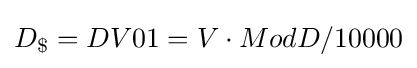
D_{\$}=DV01=V\cdot ModD/10000